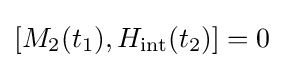
[M_{2}(t_{1}),H_{\rm {int}}(t_{2})]=0